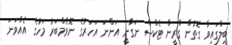
ބިލްގައިވާ ގޮތުން ގްރީން ޓެކްސް ނަގާނީ އަންނަ އަހަރުގެ ނޮވެމްބަރު މަހުގެ އެއްވަނަ